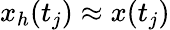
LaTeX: x_{h}(t_{j})\approx x(t_{j})